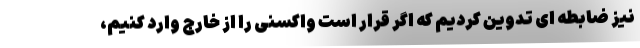
نیز ضابطه ای تدوین کردیم که اگر قرار است واکسنی را از خارج وارد کنیم،